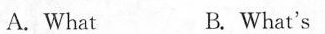
A.What B. What's